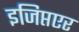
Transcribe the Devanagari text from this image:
इजिप्तएर